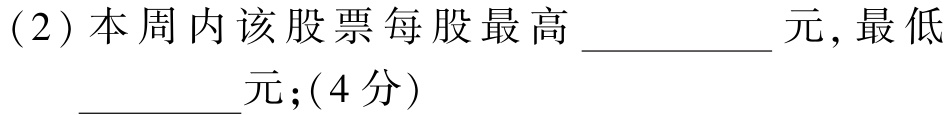
(2)本周内该股票每股最高__________元, 最低__________元;(4分)